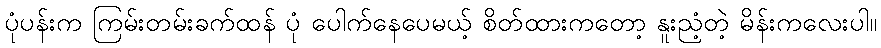
ပုံပန်းက ကြမ်းတမ်းခက်ထန် ပုံ ပေါက်နေပေမယ့် စိတ်ထားကတော့ နူးညံ့တဲ့ မိန်းကလေးပါ။